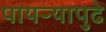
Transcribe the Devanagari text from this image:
पायऱ्यापुढे